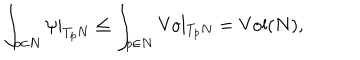
\int _ { p \in N } \psi | _ { T _ { p } N } \leq \int _ { p \in N } \mathrm { V o l } _ { T _ { p } N } = \mathrm { V o l } ( N ) ,